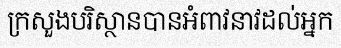
ក្រសួងបរិស្ថានបានអំពាវនាវដល់អ្នក